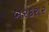
બરકરાર